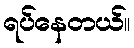
ရပ်နေတယ်။